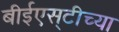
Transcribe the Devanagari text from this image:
बीईएस्‌टीच्या